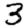
Digit: 3